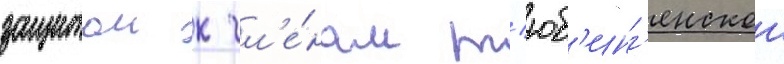
защитои к чл'е́нам т'юб'инг'енскои